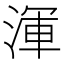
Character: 渾